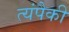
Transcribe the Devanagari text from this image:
त्यंपैकी